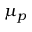
\mu _ { p }